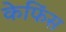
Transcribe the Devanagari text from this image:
केफिंस